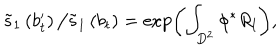
\tilde { s } _ { 1 } \left( b _ { t } ^ { \prime } \right) \big / \tilde { s } _ { 1 } \left( b _ { t } \right) = \exp \left( \int _ { D ^ { 2 } } \phi ^ { * } R _ { l } \right) ,